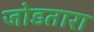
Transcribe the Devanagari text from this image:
जोडतारा